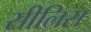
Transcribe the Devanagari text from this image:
सीलिस